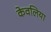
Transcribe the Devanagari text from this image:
केवलिया